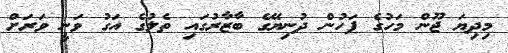
މިދިޔަ ޖޫން މަހުގެ ފަހުން ދުނިޔޭގެ ބާޒާރުގައި ތެލުގެ އަގު ވަނީ ވަރަށް